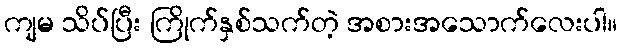
ကျမ သိပ်ပြီး ကြိုက်နှစ်သက်တဲ့ အစားအသောက်လေးပါ။